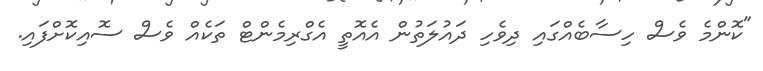
"ކޮންމެ ވެސް ހިސާބެއްގައި ދިވެހި ދައުލަތުން އެއޮތީ އެގްރިމެންޓް ތަކެއް ވެސް ސޮއިކޮށްފައި.